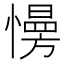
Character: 𢢔